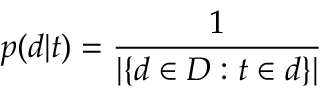
p ( d | t ) = { \frac { 1 } { | \{ d \in D : t \in d \} | } }